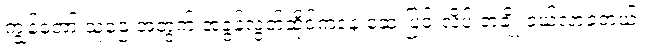
ကျွန်တော့် သူဌေးအတွက် အခွန်လွတ်ဆိုင်ကနေ ဆေးပြင်းလိပ် တချို့ ဝယ်လာခဲ့တယ်။